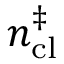
n _ { \mathrm { c l } } ^ { \ddagger }